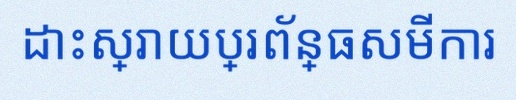
ដោះស្រាយប្រព័ន្ធសមីការ